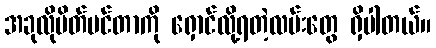
အခုလိုပိတ်ပင်တာကို ရှောင်လို့ရတဲ့လမ်းတွေ ရှိပါတယ်။